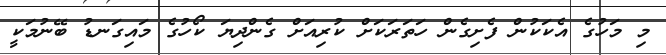
މި މަހުގެ އެކަކުން ފެށިގެން ހަތަރަކަށް ކުރިއަށް ގެންދިޔަ ކޯހުގެ މައިގަނޑު ބޭނުމަކީ